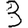
Digit: 3